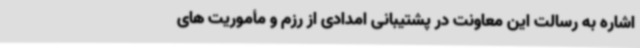
اشاره به رسالت این معاونت در پشتیبانی امدادی از رزم و مأموریت های